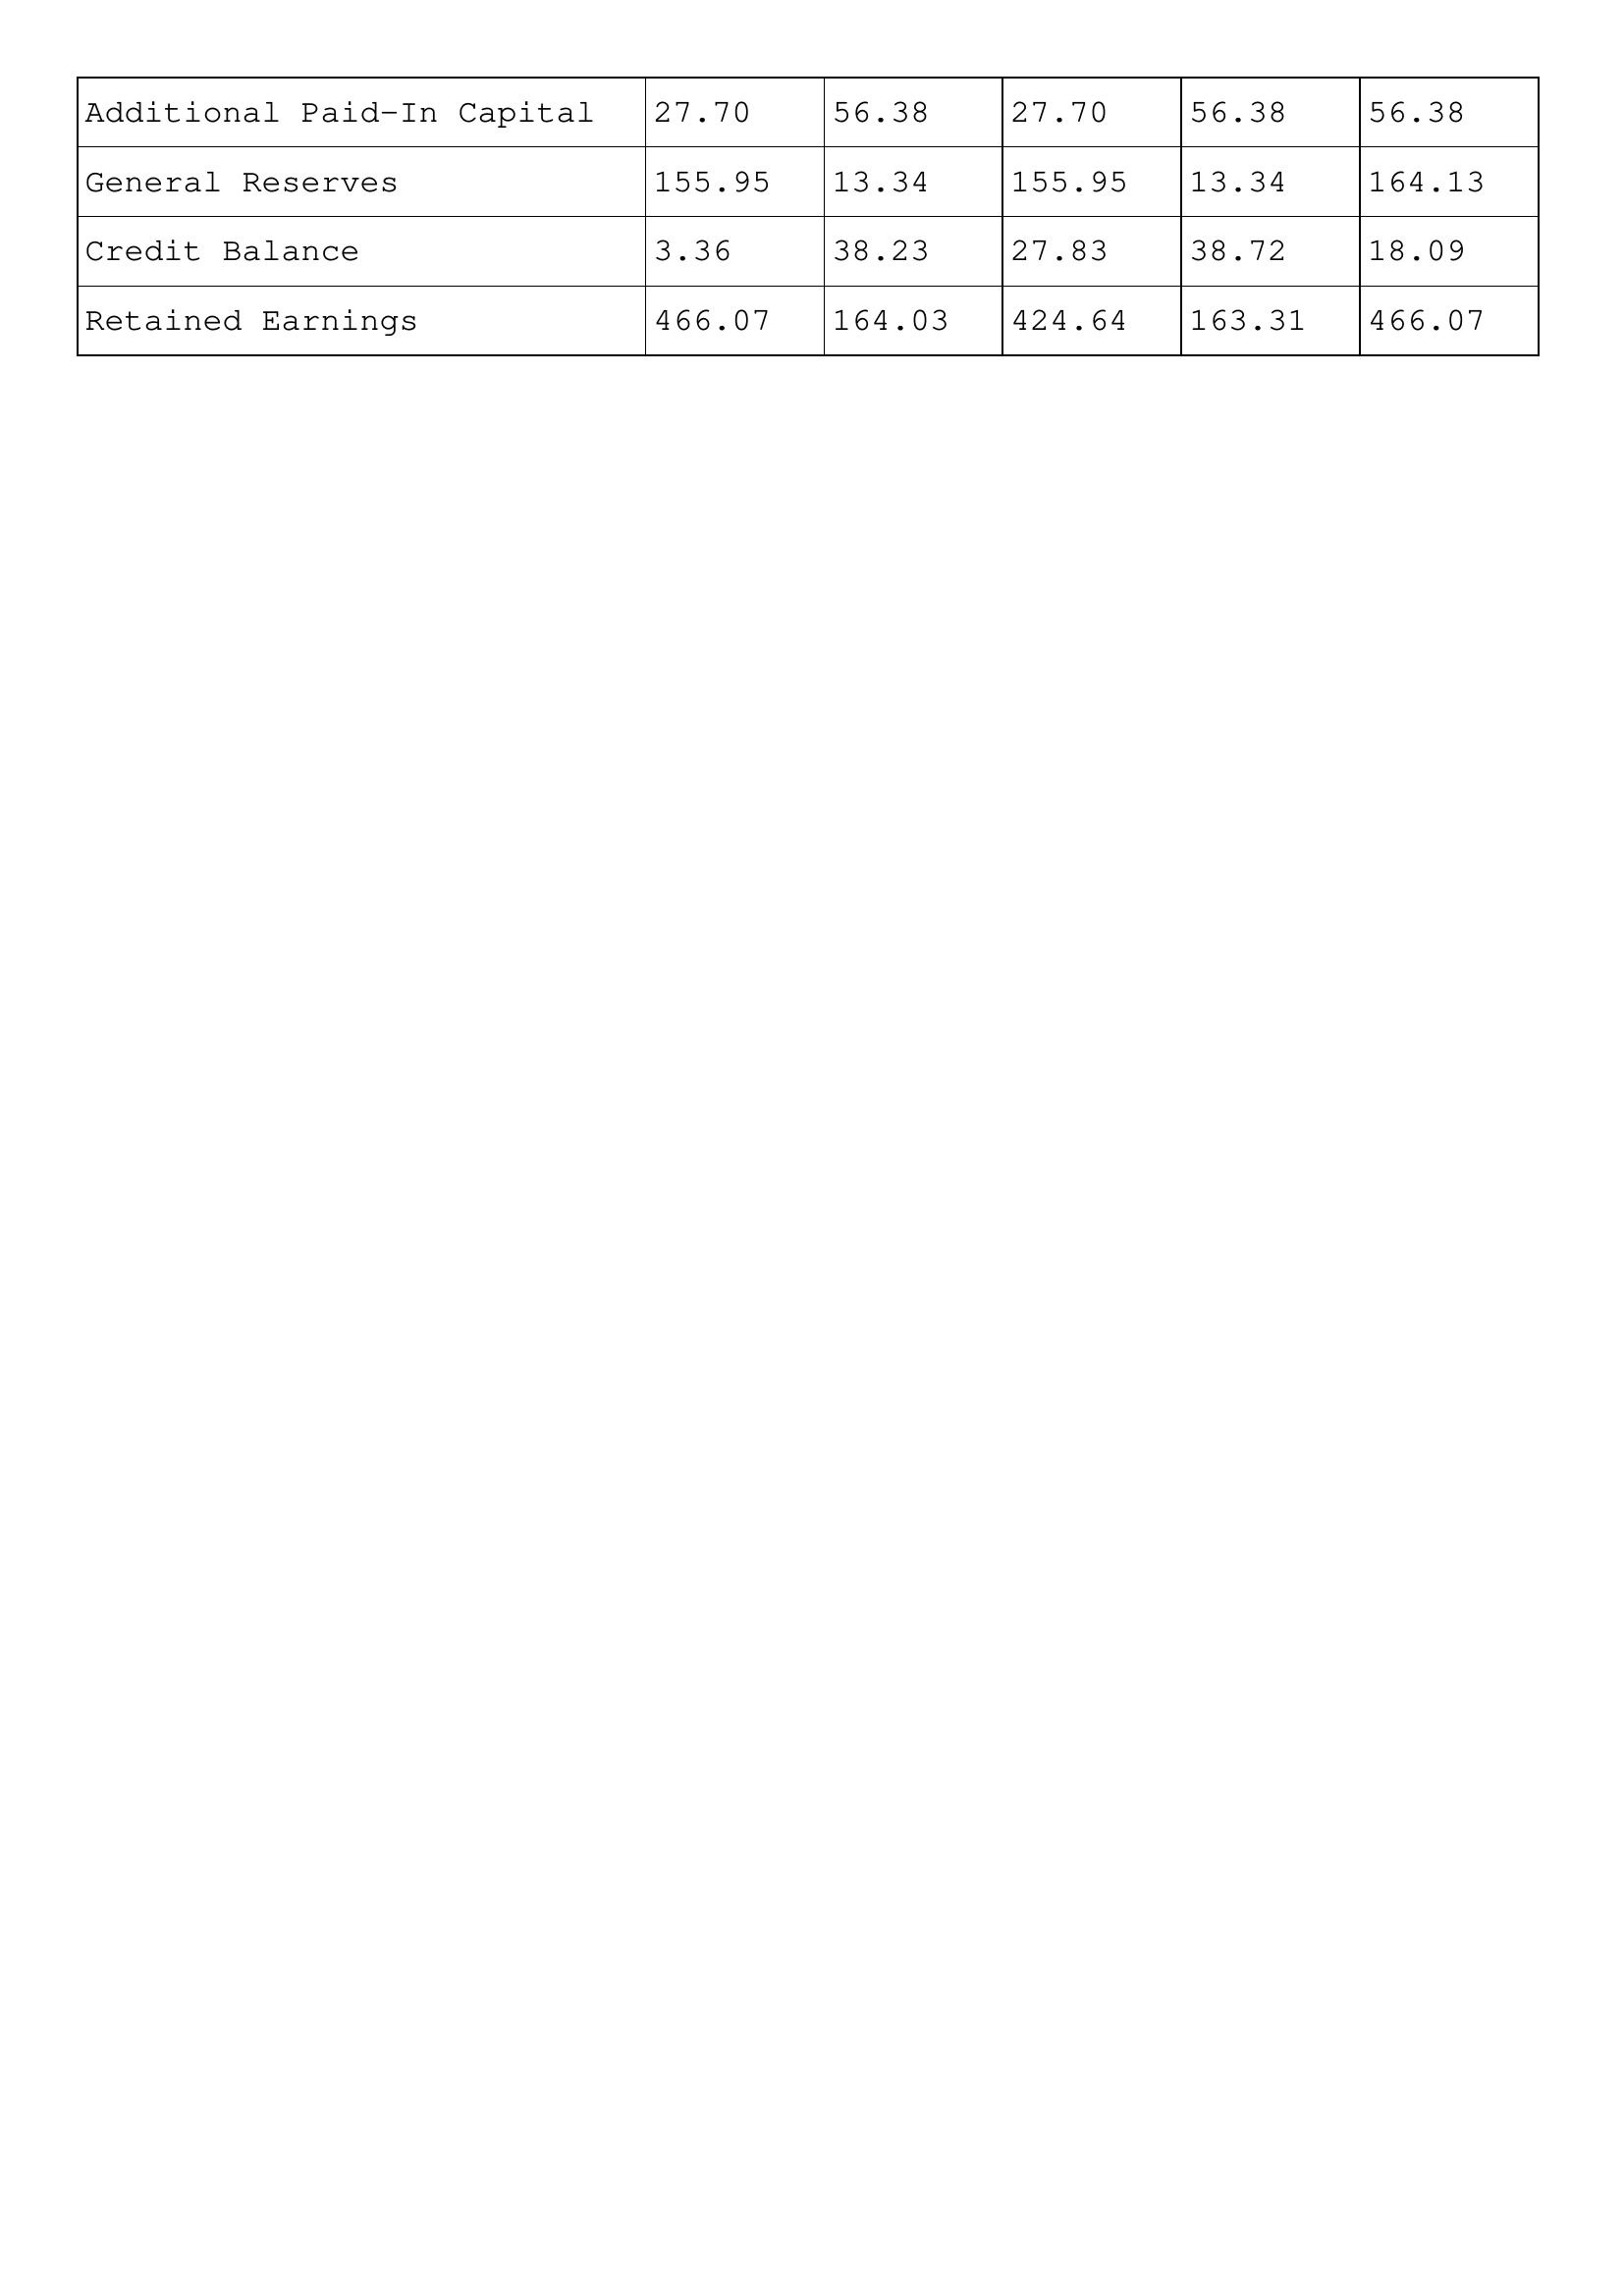
gt_parse: 1997: Additional Paid-In Capital: 27.70
General Reserves: 155.95
Credit Balance: 3.36
Retained Earnings: 466.07
1996: Additional Paid-In Capital: 56.38
General Reserves: 13.34
Credit Balance: 38.23
Retained Earnings: 164.03
1995: Additional Paid-In Capital: 27.70
General Reserves: 155.95
Credit Balance: 27.83
Retained Earnings: 424.64
1994: Additional Paid-In Capital: 56.38
General Reserves: 13.34
Credit Balance: 38.72
Retained Earnings: 163.31
1993: Additional Paid-In Capital: 56.38
General Reserves: 164.13
Credit Balance: 18.09
Retained Earnings: 466.07